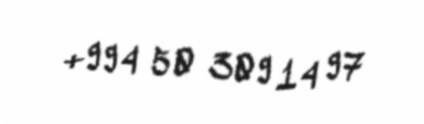
+994 50 309 14 97